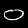
Label: 0